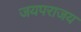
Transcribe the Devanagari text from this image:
जयपराजय